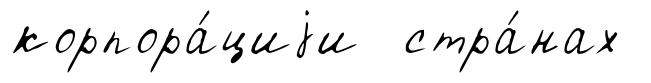
корпора́циjи стра́нах